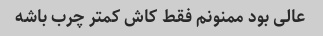
عالی بود ممنونم فقط کاش کمتر چرب باشه